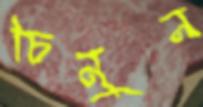
চিনুন